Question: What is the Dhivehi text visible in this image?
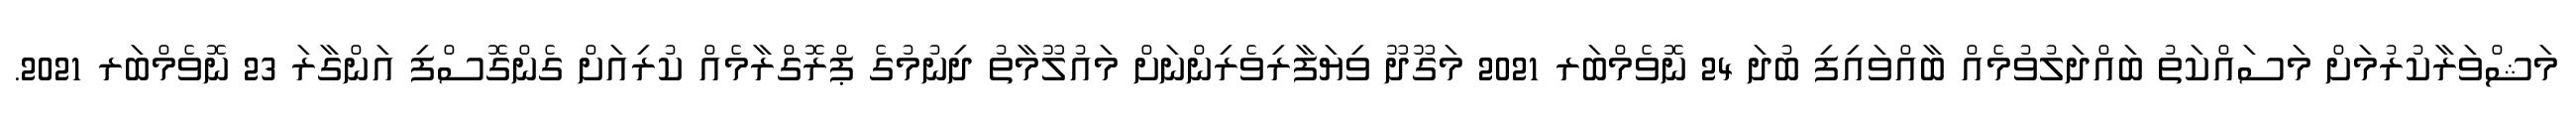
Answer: މަޝްވަރާކުރުމަށް މަސައްކަތު ބައްދަލުވުމެއް ބާއްވައިފި ބުދަ 24 ނޮވެމްބަރ 2021 މަގޫދޫ ވިޔަފާރިވެރިންނަށް މައުލޫމާތު ދިނުމުގެ ޕްރޮގްރާމެއް ކުރިއަށް ގެންގޮސްފި އަންގާރަ 23 ނޮވެމްބަރ 2021.